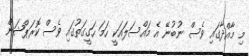
މި މާއްދާގައި ވެސް ނުބުނޭ އެ މައްސަލައަކީ ހަމަ ހަގީގަތުގައި ވެސް ކޮރަޕްޝަން